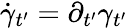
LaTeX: \dot{\gamma}_{t^{\prime}}=\partial_{t^{\prime}}\gamma_{t^{\prime}}